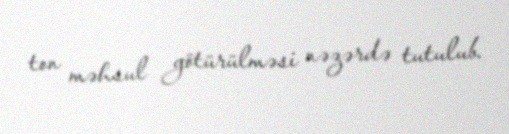
ton məhsul götürülməsi nəzərdə tutulub.